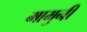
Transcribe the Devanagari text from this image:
मामुनी